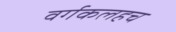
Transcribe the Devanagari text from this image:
वर्गकलहच